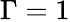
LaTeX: \Gamma=1